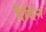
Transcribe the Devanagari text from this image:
दैदिन